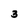
Character: 3